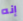
إنه